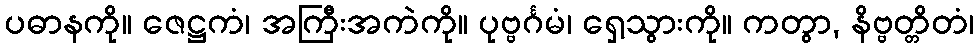
ပဓာနကို။ ဇေဋ္ဌကံ၊ အကြီးအကဲကို။ ပုဗ္ဗင်္ဂမံ၊ ရှေ့သွားကို။ ကတွာ, နိဗ္ဗတ္တိတံ၊